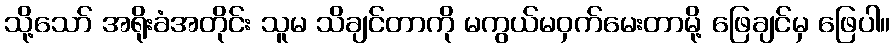
သို့သော် အရိုးခံအတိုင်း သူမ သိချင်တာကို မကွယ်မဝှက်မေးတာမို့ ဖြေချင်မှ ဖြေပါ။